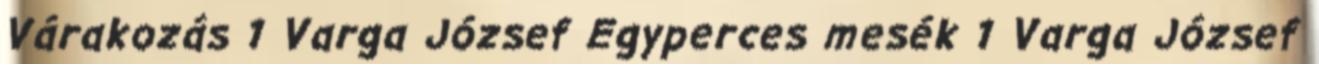
Várakozás 1 Varga József Egyperces mesék 1 Varga József